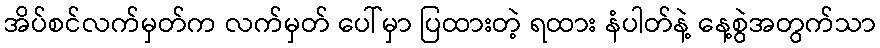
အိပ်စင်လက်မှတ်က လက်မှတ် ပေါ်မှာ ပြထားတဲ့ ရထား နံပါတ်နဲ့ နေ့စွဲအတွက်သာ